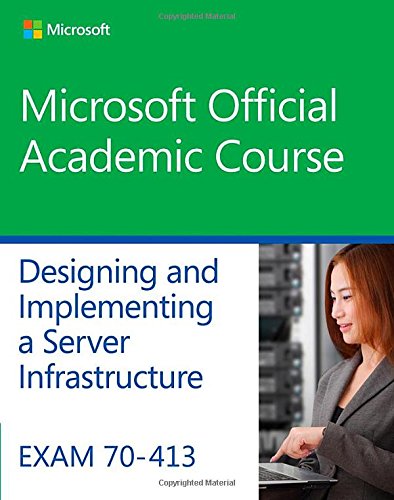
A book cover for Exam 70-413 Designing and Implementing a Server Infrastructure (Microsoft Official Academic Course); Microsoft Official Academic Course; Computers & Technology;